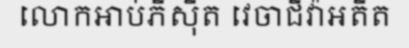
លោកអាប់ភីស៊ីត វេចាជីវ៉ាអតីត